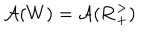
\mathcal { A } ( W ) = \mathcal { A } ( \mathbf { R } _ { + } ^ { > } )